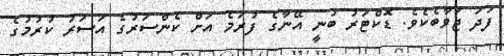
ފަދަ ޖަވާބެކެވެ. ޑޮކްޓަރު ބުނީ އޭނާގެ ފުރަމެ އަށް ކެންސަރުގެ އަސަރު ކުރުމުގެ